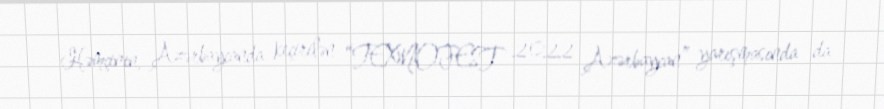
Həmçinin, Azərbaycanda keçirilən “TEXNOFEST 2022 Azərbaycan” yarışmasında da